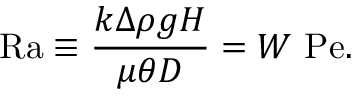
\mathrm { R a } \equiv \frac { k \Delta \rho g H } { \mu \theta D } = W \ \mathrm { P e } .